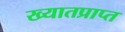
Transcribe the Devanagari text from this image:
ख्यातप्राप्त